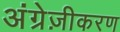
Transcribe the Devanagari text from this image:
अंग्रेज़ीकरण